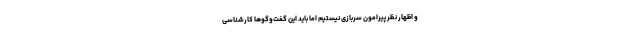
و اظهار نظر پیرامون سربازی نیستیم اما باید این گفت‌وگوها کارشناسی